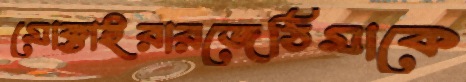
মোক্তাইরারজেঠিমাকে